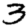
Digit: 3